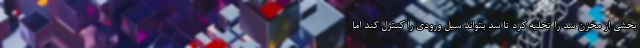
بخشی از مخزن سد را تخلیه کرد تا سد بتواند سیل ورودی را کنترل کند اما